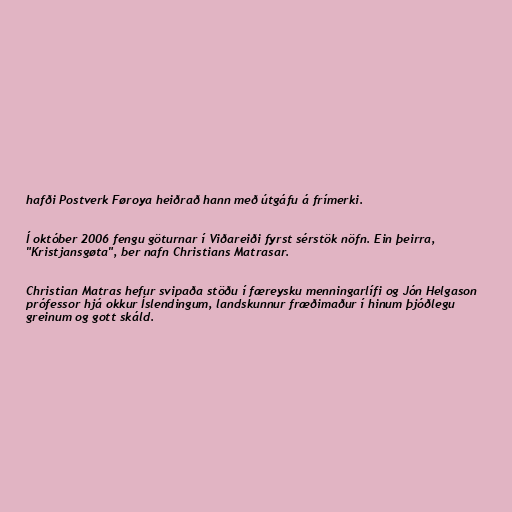
hafði Postverk Føroya heiðrað hann með útgáfu á frímerki.

Í október 2006 fengu göturnar í Viðareiði fyrst sérstök nöfn. Ein þeirra,
"Kristjansgøta", ber nafn Christians Matrasar.

Christian Matras hefur svipaða stöðu í færeysku menningarlífi og Jón Helgason
prófessor hjá okkur Íslendingum, landskunnur fræðimaður í hinum þjóðlegu
greinum og gott skáld.